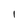
Character: l